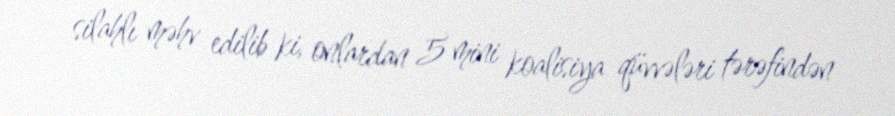
silahlı məhv edilib ki, onlardan 5 mini koalisiya qüvvələri tərəfindən